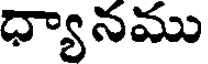
ధ్యానము